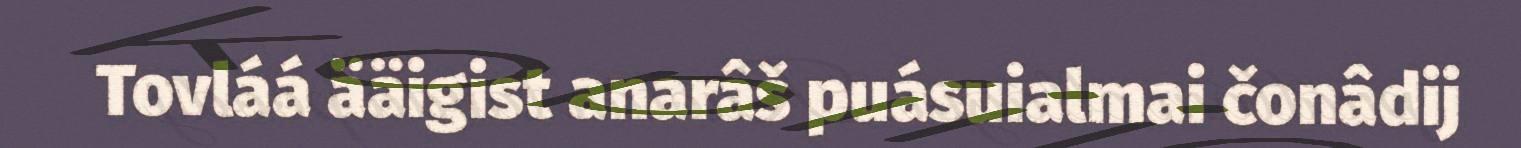
Tovláá ääigist anarâš puásuialmai čonâdij